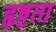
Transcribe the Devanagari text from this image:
हृष्टता